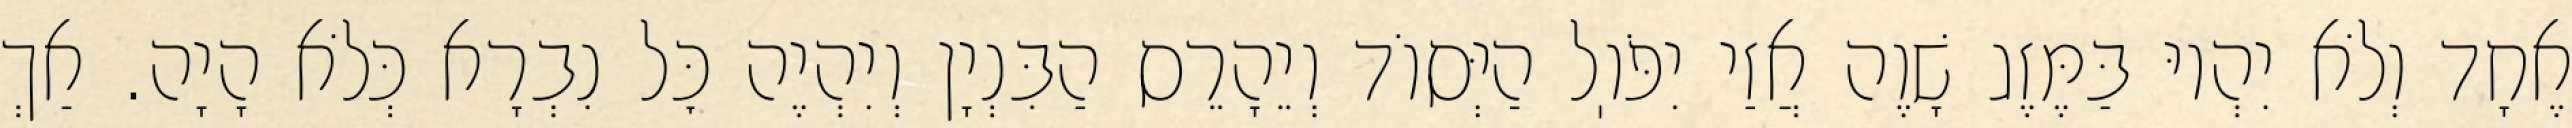
אֶחָד וְלֹא יִהְיוּ בַּמֶּזֶג שָׁוֶה אֲזַי יִפֹּוֽל הַיְּסוֹד וְיֵהָרֵס הַבִּנְיָן וְיִהְיֶה כׇּל נִבְרָא כְּלֹא הָיָה. אַךְ